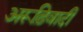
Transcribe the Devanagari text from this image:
अरूढ़िवादी